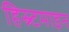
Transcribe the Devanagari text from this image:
हिस्र्टमाइन